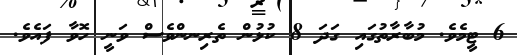
6 ޓީމެވެ. މުބާރާތުގައި ގަދަ 8 ކުޅުން ތެރިނންވެސް ވަނީ ހޮވާ ފައެވެ.